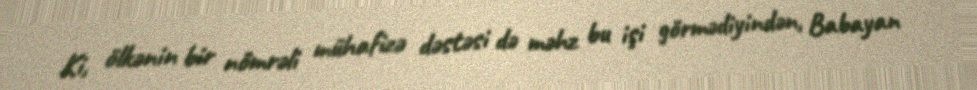
Ki, ölkənin bir nömrəli mühafizə dəstəsi də məhz bu işi görmədiyindən, Babayan